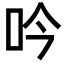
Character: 吟